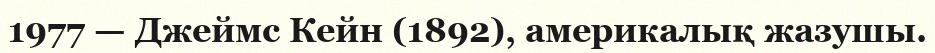
1977 — Джеймс Кейн (1892), америкалық жазушы.